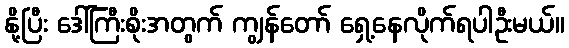
နို့ပြီး ဒေါ်ကြီးစိုးအတွက် ကျွန်တော် ရှေ့နေလိုက်ရပါဦးမယ်။